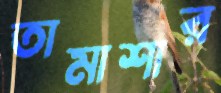
তামাশার